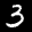
Label: 3